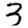
Digit: 3